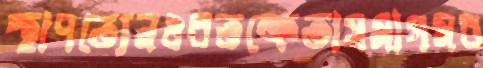
স্থাপত্যেনওবতক্রেতাসমাগমব